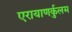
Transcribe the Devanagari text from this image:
एरायाणर्कुलम